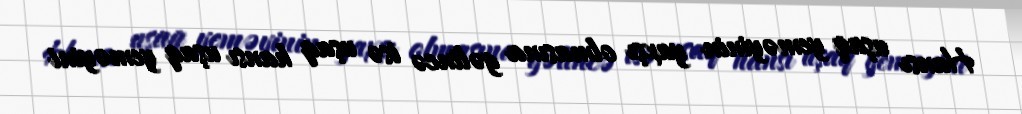
Hansı uşaq yeməyinin yaxşı olmasına gəlincə isə uşaq hansı uşaq yeməyini